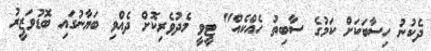
ދެކުނު ހިސާބަކަށް ކަމުގެ ސާބިތު ހެއްކެއް" ޓީވީ މެދުވެރިކޮށް ދެއްވި ބަޔާނުގައި ބޮޑުވަޒީރު